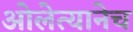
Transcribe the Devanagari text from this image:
ओलेत्यानेच